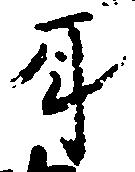
耳